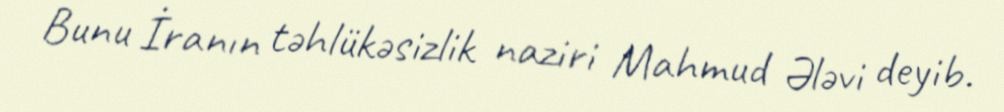
Bunu İranın təhlükəsizlik naziri Mahmud Ələvi deyib.